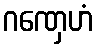
ဂဏှေဟံ